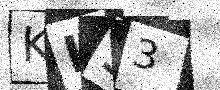
Text: KL53